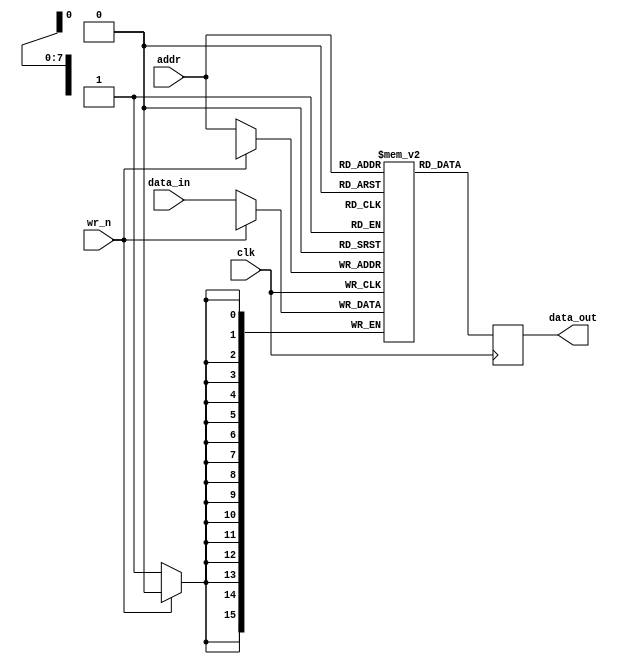
module ram
(
clk,
wr_n, 
addr, 
data_in, 
data_out
);
parameter addr_bits = 8;
parameter data_bits = 16;
input     clk;
input     wr_n;
input     [addr_bits-1:0]  addr;
input     [data_bits-1:0]  data_in;
output    [data_bits-1:0]  data_out;

reg       [data_bits-1:0]  ram[0:(1 << addr_bits) -1];
reg       [data_bits-1:0]  data_out;

//read
always @ ( posedge clk )
begin
    data_out <= ram[addr];
end 

//write
always @ (posedge clk)
begin
    if (!wr_n)
        ram[addr] <= data_in;
end

endmodule